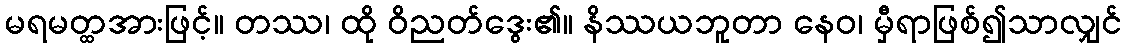
မရမတ္ထအားဖြင့်။ တဿ၊ ထို ဝိညတ်ဒွေး၏။ နိဿယဘူတာ နေဝ၊ မှီရာဖြစ်၍သာလျှင်